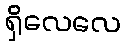
ရှိလေလေ